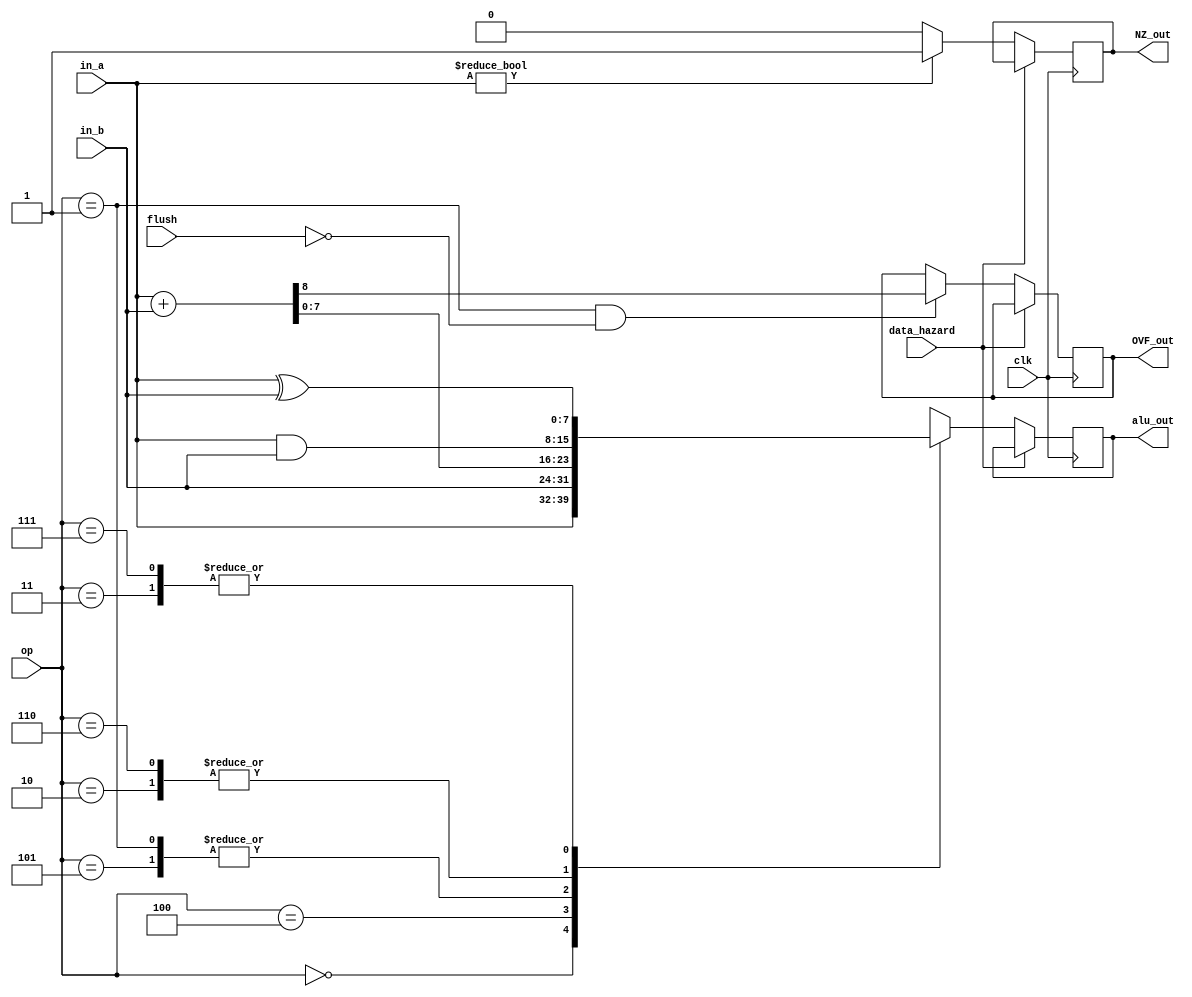
module ALU(input wire clk, data_hazard, flush, input wire[2:0] op, input wire[7:0] in_a, in_b, output wire[7:0] alu_out, output wire OVF_out, NZ_out);
reg[7:0] alu_reg;
reg OVF_reg;
reg NZ_reg;
wire[8:0] add_result;
assign add_result = in_a + in_b;
initial
begin
	NZ_reg = 1'b0;
	OVF_reg = 1'b0;
end
always @(posedge clk)
begin
	if(~data_hazard)
	begin
		case(op)
		3'b000: alu_reg <= in_a;
		3'b001: alu_reg <= add_result[7:0];	//add affecting the overflow flag
		3'b010: alu_reg <= in_a & in_b;
		3'b011: alu_reg <= in_a ^ in_b;
		3'b100: alu_reg <= in_b;
		3'b101: alu_reg <= add_result[7:0];	//add without affecting the overflow flag
		3'b110: alu_reg <= in_a & in_b;
		3'b111: alu_reg <= in_a ^ in_b;
		endcase
		if(op == 3'b001 & (~flush))
			OVF_reg <= add_result[8];
		if(in_a != 8'h00)
			NZ_reg <= 1'b1;
		else
			NZ_reg <= 1'b0;
	end
end
assign alu_out = alu_reg;
assign OVF_out = OVF_reg;
assign NZ_out = NZ_reg;
endmodule